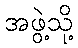
အဖွဲ့သို့